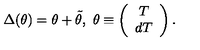
\Delta ( \theta ) = \theta + \tilde { \theta } , \ \theta \equiv \left( \begin{array} { c } { T } \\ { d T } \\ \end{array} \right) .